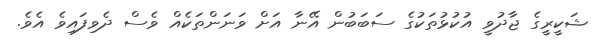
ޝަކީރީގެ ޖާދުވީ އުކުޅުތަކުގެ ސަބަބުން އޭނާ އަށް ވަނަންތަކެއް ވެސް ދެވިފައިވެ އެވެ.